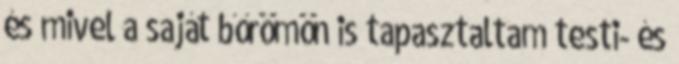
és mivel a saját bőrömön is tapasztaltam testi- és